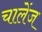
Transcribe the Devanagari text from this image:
चालेंज